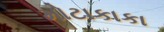
મોટાકાકા